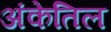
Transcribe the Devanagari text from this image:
अंकेतिल